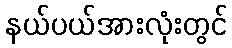
နယ်ပယ်အားလုံးတွင်